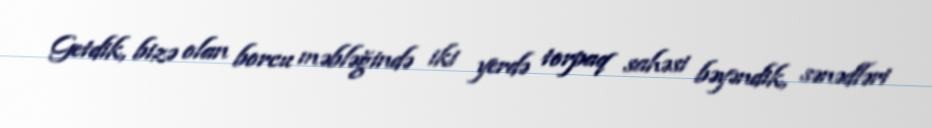
Getdik, bizə olan borcu məbləğində iki yerdə torpaq sahəsi bəyəndik, sənədləri